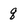
Character: q